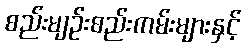
စည်းမျဉ်းစည်းကမ်းများနှင့်